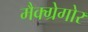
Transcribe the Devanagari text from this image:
मैक्ग्रेगोर